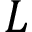
L